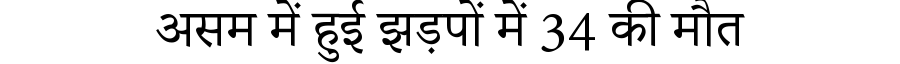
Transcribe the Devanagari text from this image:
असम में हुई झड़पों में 34 की मौत